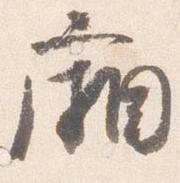
廂